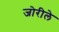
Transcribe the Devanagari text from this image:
जोरीले